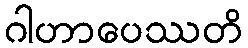
ဂါဟာပေဿတိ